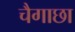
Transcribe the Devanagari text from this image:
चैगाछा